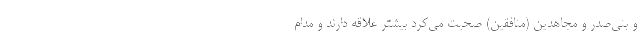
و بنی‌صدر و مجاهدین (منافقین) صحبت می‌کرد بیشتر علاقه دارند و مدام